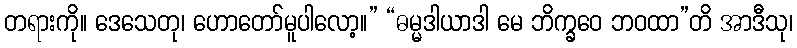
တရားကို။ ဒေသေတု၊ ဟောတော်မူပါလော့။” “ဓမ္မဒါယာဒါ မေ ဘိက္ခဝေ ဘဝထာ”တိ အာဒီသု၊